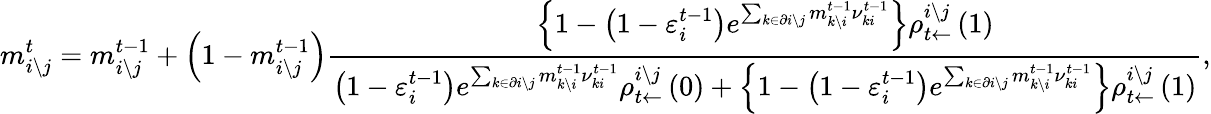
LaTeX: m_{i\setminus j}^{t}=m_{i\setminus j}^{t-1}+\left(1-m_{i\setminus j}^{t-1}\right)\frac{\left\{ 1-\left(1-\varepsilon_{i}^{t-1}\right)e^{\sum_{k\in\partial i\setminus j}m_{k\setminus i}^{t-1}{\nu}_{ki}^{t-1}}\right\} \rho_{t\leftarrow}^{i\setminus j}\left(1\right)}{\left(1-\varepsilon_{i}^{t-1}\right)e^{\sum_{k\in\partial i\setminus j}m_{k\setminus i}^{t-1}{\nu}_{ki}^{t-1}}\rho_{t\leftarrow}^{i\setminus j}\left(0\right)+\left\{ 1-\left(1-\varepsilon_{i}^{t-1}\right)e^{\sum_{k\in\partial i\setminus j}m_{k\setminus i}^{t-1}{\nu}_{ki}^{t-1}}\right\} \rho_{t\leftarrow}^{i\setminus j}\left(1\right)},